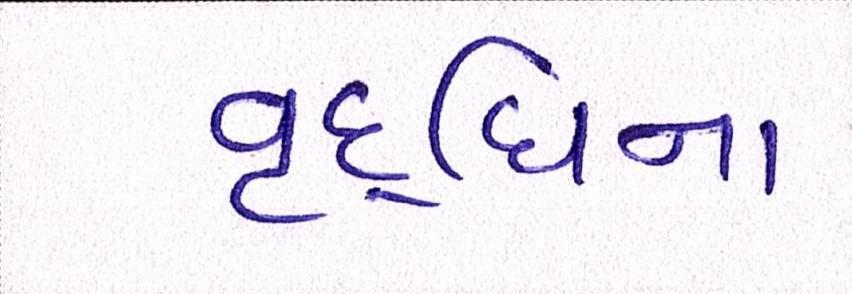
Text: વૃદ્ધિના